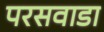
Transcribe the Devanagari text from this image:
परसवाडा